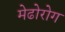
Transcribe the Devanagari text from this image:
मेढोरोग